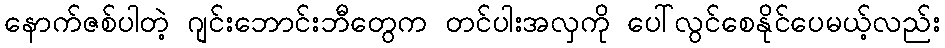
နောက်ဇစ်ပါတဲ့ ဂျင်းဘောင်းဘီတွေက တင်ပါးအလှကို ပေါ်လွင်စေနိုင်ပေမယ့်လည်း